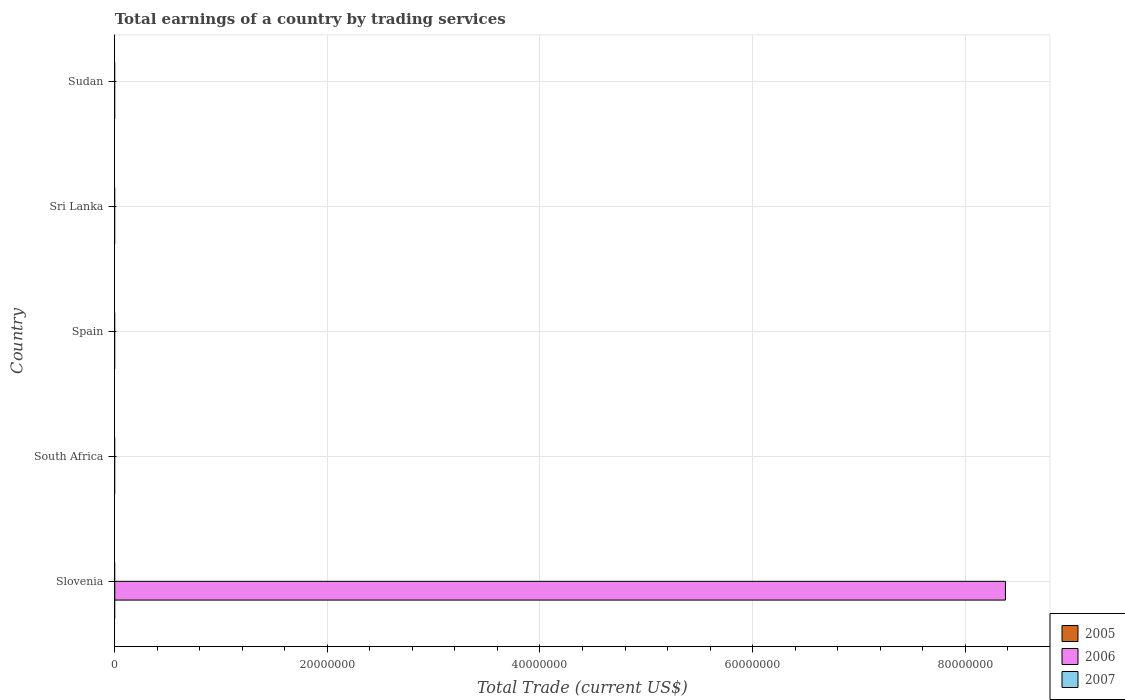
| Country | 2005 | 2006 | 2007 |
 | --- | --- | --- | --- |
 | Slovenia | -1.98e+08 | 8.38e+07 | -5.98e+08 |
 | South Africa | -6.33e+08 | -4.55e+09 | -3.98e+09 |
 | Spain | -5.77e+10 | -7.65e+10 | -9.36e+10 |
 | Sri Lanka | -2.18e+09 | -3.11e+09 | -3.35e+09 |
 | Sudan | -2.48e+09 | -3.7e+09 | -1.01e+09 |